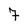
Character: 7